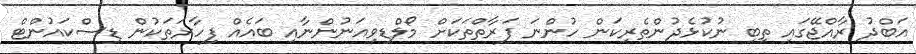
އަބްދު ރާއްޖޭގައި ތިބި ނުކުޅެދުންތެރިކަން ހުންނަ ފަރާތްތަކަށް މޯލްޑިވިއަނުންނާއި ބައެއް ފިހާރަތަކުން ޑިސްކައުންޓް